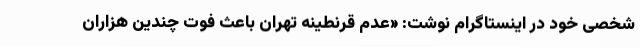
شخصی خود در اینستاگرام نوشت: «عدم قرنطینه تهران باعث فوت چندین هزاران